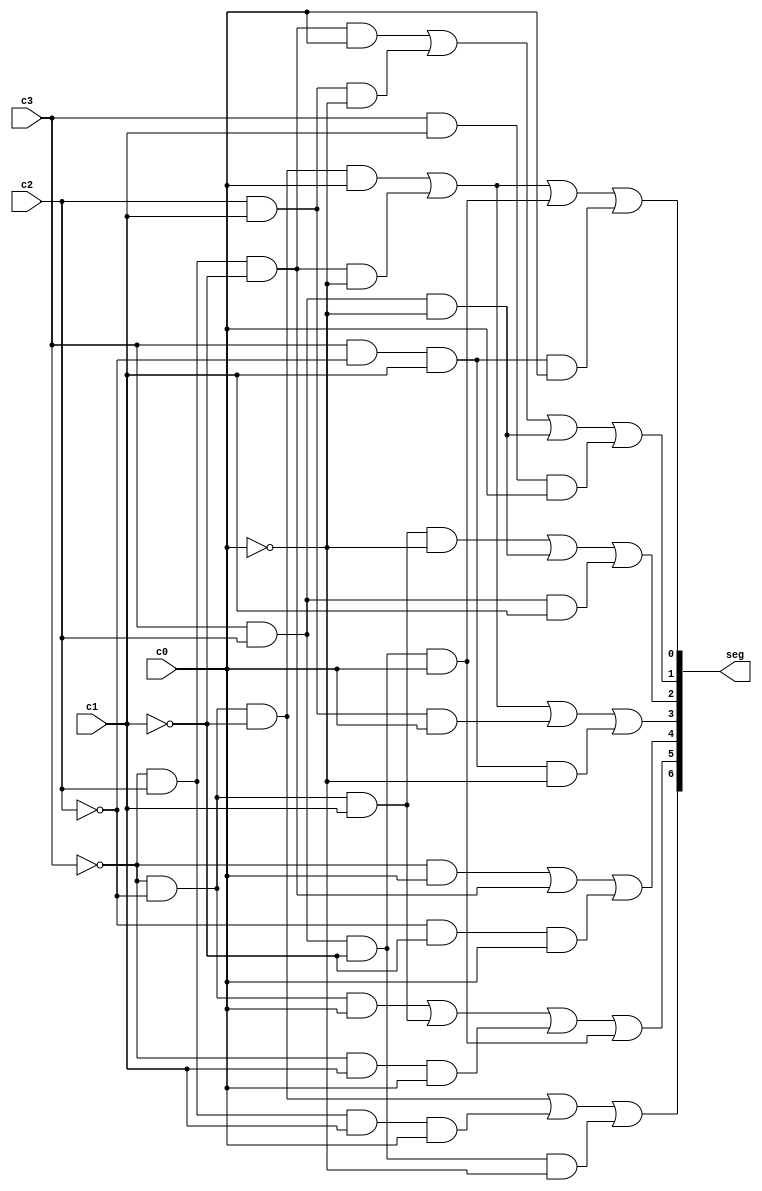
//*********************************************************************
// HEX Module to show the result on HEX Display // 

// start of HEX_seg module //
module HEX_seg(c0, c1, c2, c3, seg); // c0 is lowest bit // c3 is highest bit
    input c0; 
    input c1; 
    input c2; 
    input c3; 
    
	output [6:0] seg; 
	
    assign seg[0] = (~c3 & ~c2 & ~c1 & c0) | (~c3 & c2 & ~c1 & ~c0) | (c3 & c2 & ~c1 & c0) | (c3 & ~c2 & c1 & c0);
	assign seg[1] = (~c3 & c2 & ~c1 & c0) | (c2 & c1 & ~c0) | (c3 & c2 & ~c0) | (c3 & c1 & c0);
	assign seg[2] = (~c3 & ~c2 & c1 & ~c0) | (c3 & c2 & ~c0) | (c3 & c2 & c1);
	assign seg[3] = (~c3 & ~c2 & ~c1 & c0) | (~c3 & c2 & ~c1 & ~c0) | (c2 & c1 & c0) | (c3 & ~c2 & c1 & ~c0);
	assign seg[4] = (~c3 & c0) | (~c3 & c2 & ~c1) | (~c2 & ~c1 & c0);
	assign seg[5] = (~c3 & ~c2 & c0) | (~c3 & ~c2 & c1) | (~c3 & c1 & c0) | (c3 & c2 & ~c1 & c0);
	assign seg[6] = (~c3 & ~c2 & ~c1) | (~c3 & c2 & c1 & c0) | (c3 & c2 & ~c1 & ~c0);

endmodule
// End of HEX_seg module